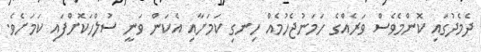
ދެމެދުގައި ކޮންމެވެސް ވަރެއްގެ ހަމަނުޖެހުމެއް ހިނގި ކަމަށާއި އެކަން ވަނީ ސުލްހަކޮށްފައި ކަމަށެވެ.